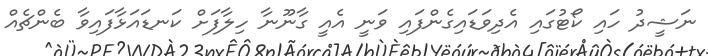
ނަޝީދު ހައި ކޯޓުގައި އެދިވަޑައިގެންފައި ވަނީ އެއީ ގާނޫނާ ހިލާފަށް ކަނޑައަޅާފައިވާ ބެންޗެއް